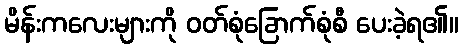
မိန်းကလေးများကို ဝတ်စုံခြောက်စုံစီ ပေးခဲ့ရ၏။